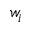
w _ { i }